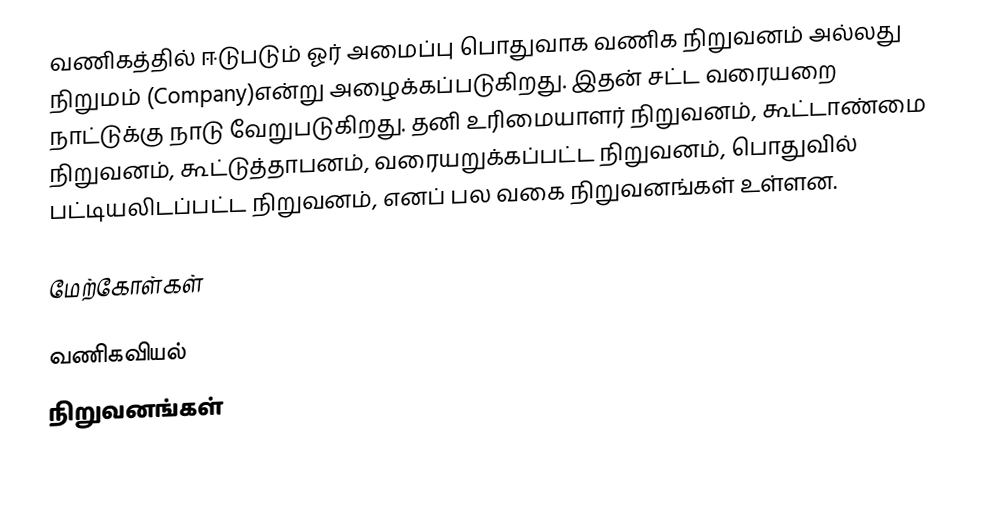
வணிகத்தில் ஈடுபடும் ஓர் அமைப்பு பொதுவாக  வணிக நிறுவனம் அல்லது நிறுமம் (Company)என்று அழைக்கப்படுகிறது. இதன் சட்ட வரையறை நாட்டுக்கு நாடு வேறுபடுகிறது. தனி உரிமையாளர் நிறுவனம், கூட்டாண்மை நிறுவனம், கூட்டுத்தாபனம், வரையறுக்கப்பட்ட நிறுவனம், பொதுவில் பட்டியலிடப்பட்ட நிறுவனம், எனப் பல வகை நிறுவனங்கள் உள்ளன.

மேற்கோள்கள்

வணிகவியல்
நிறுவனங்கள்